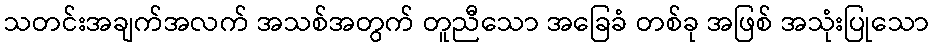
သတင်းအချက်အလက် အသစ်အတွက် တူညီသော အခြေခံ တစ်ခု အဖြစ် အသုံးပြုသော